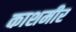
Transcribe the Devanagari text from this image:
काशमीर